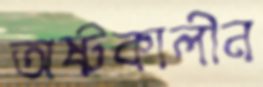
অষ্টকালীন